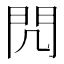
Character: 𨳋